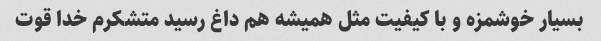
بسیار خوشمزه و با کیفیت مثل همیشه هم داغ رسید متشکرم خدا قوت